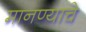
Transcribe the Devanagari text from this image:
मानण्याचे